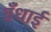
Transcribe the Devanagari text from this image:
बँधाई